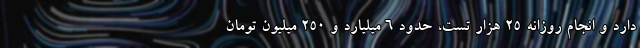
دارد و انجام روزانه ۲۵ هزار تست، حدود ۶ میلیارد و ۲۵۰ میلیون تومان